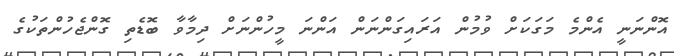
އޮންނަނީ އެންމެ މަގަކަށް ވުމުން އަރައިގަންނަން އަންނަ މީހުންނަށް ދިމާވާ ބޮޑެތި ގޮންޖެހުންތަކުގެ